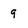
Character: 9